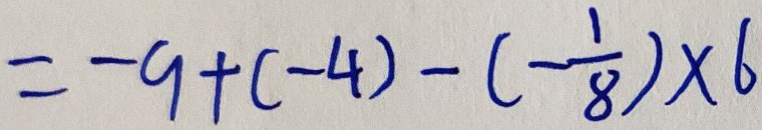
= - 9 + ( - 4 ) - ( - \frac { 1 } { 8 } ) \times 6